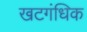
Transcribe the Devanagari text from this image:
खटगंधिक